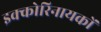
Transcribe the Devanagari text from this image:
इक्कोरिनायकों